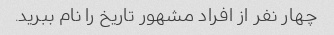
چهار نفر از افراد مشهور تاریخ را نام ببرید.